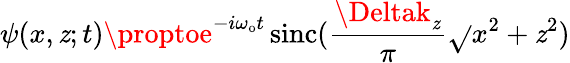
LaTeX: \psi(x,\mathit{z};t)\proptoe^{-i\omega_{\mathrm{{o}}}t}\, \mathrm{{sinc}}(\frac{{\Deltak_{\mathit{z}}}}{{\pi}}\sqrt{}{{x^{2}+\mathit{z}^{2}}})